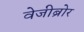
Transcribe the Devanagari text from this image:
वेजीब्रोर